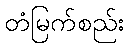
တံမြက်စည်း